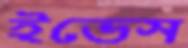
ইভেস